Indian journal of veterinary science and animal husbandry - Volume 4,
Year: 1934
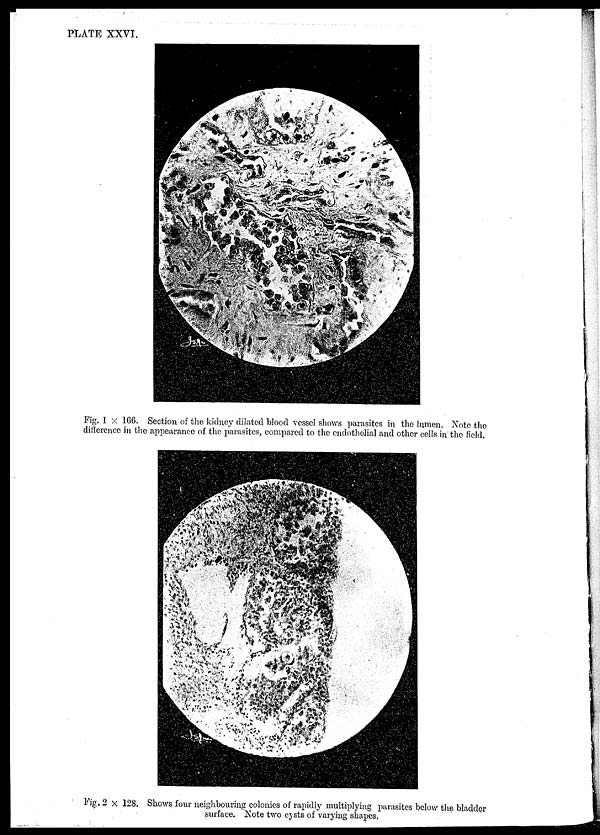
PLATE XXVI.
Fig. 1 × 166. Section of the kidney dilated blood vessel shows parasites in the lumen Note the
difference in the appearance of the parasites, compared to the endothelial and other cells in the field.
Fig. 2 × 128. Shows four neighbouring colonies of rapidly multiplying parasites below the bladder
surface. Note two cysts of varying shapes.